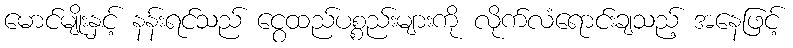
မောင်မျိုးနှင့် နန်းရင်သည် ငွေထည်ပစ္စည်းများကို လိုက်လံရောင်းချသည့် အနေဖြင့်